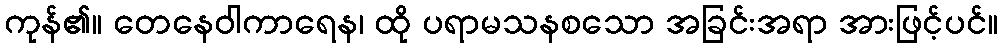
ကုန်၏။ တေနေဝါကာရေန၊ ထို ပရာမသနစသော အခြင်းအရာ အားဖြင့်ပင်။